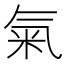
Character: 氣